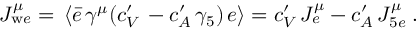
J _ { \mathrm { w } e } ^ { \mu } = \, \left\langle \bar { e } \, \gamma ^ { \mu } ( c _ { V } ^ { \prime } \, - c _ { A } ^ { \prime } \, \gamma _ { 5 } ) \, e \right\rangle = c _ { V } ^ { \prime } \, J _ { e } ^ { \mu } - c _ { A } ^ { \prime } \, J _ { 5 e } ^ { \mu } \; .